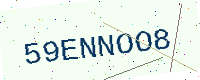
Text: 59ENNOO8